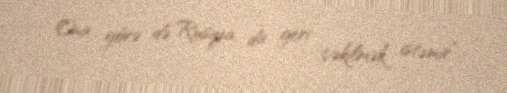
Ona görə də Rusiya da geri çəkilmək istəmir”.